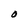
Character: O